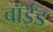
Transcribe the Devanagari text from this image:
बॉईड